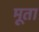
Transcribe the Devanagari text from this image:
मूता